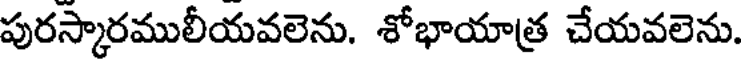
పురస్కారములీయవలెను. శోభాయాత్ర చేయవలెను.